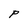
Character: P